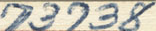
73738